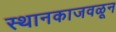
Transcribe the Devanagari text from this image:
स्थानकाजवळून